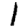
Digit: 1